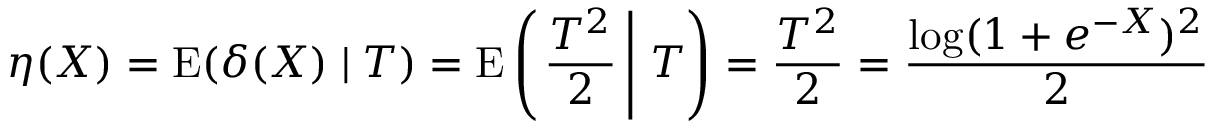
\eta ( X ) = \operatorname { E } ( \delta ( X ) \mid T ) = \operatorname { E } \left( \left. { \frac { T ^ { 2 } } { 2 } } \, \right| \, T \right) = { \frac { T ^ { 2 } } { 2 } } = { \frac { \log ( 1 + e ^ { - X } ) ^ { 2 } } { 2 } }